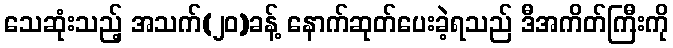
သေဆုံးသည့် အသက်(၂၀)ခန့် နောက်ဆုတ်ပေးခဲ့ရသည် ဒီအကိတ်ကြီးကို